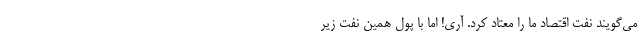
می‌گویند نفت اقتصاد ما را معتاد کرد. آری! اما با پول همین نفت زیر